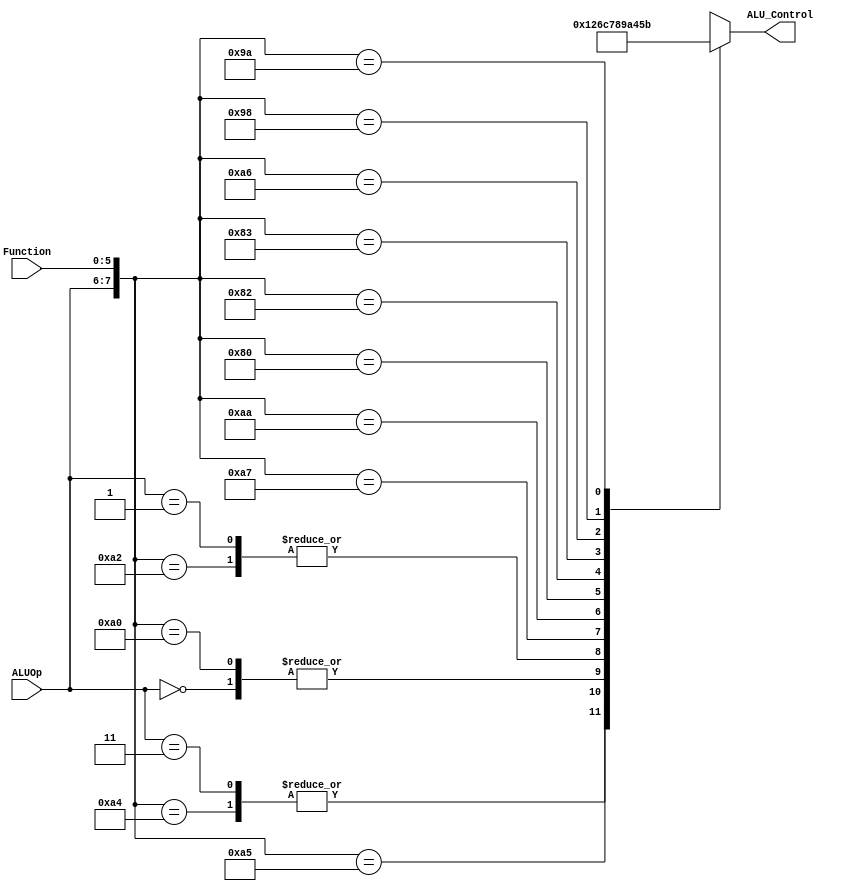
`timescale 1ns / 1ps


module ALUControl(
    input [1:0] ALUOp, 
    input [5:0] Function,
    output reg[3:0] ALU_Control);  

wire [7:0] ALUControlIn;  
 assign ALUControlIn = {ALUOp,Function};  
 always @(ALUControlIn)  
 casex (ALUControlIn)  
  8'b10100100: ALU_Control=4'b0000; //and
  8'b11xxxxxx: ALU_Control=4'b0000; //andi 
  8'b10100101: ALU_Control=4'b0001; //or  
  8'b00xxxxxx: ALU_Control=4'b0010; //addi, sw, lw
  8'b10100000: ALU_Control=4'b0010; //add
  8'b10100010: ALU_Control=4'b0110; //sub
  
  // Complete the casex from your code in Lab2
        8'b11xxxxxx: ALU_Control=4'b0000; // andi
        8'b01xxxxxx: ALU_Control=4'b0110; // beq
        8'b10100111: ALU_Control=4'b1100; // Nor
        8'b10101010: ALU_Control=4'b0111; // Slt
        8'b10000000: ALU_Control=4'b1000; // Sll
        8'b10000010: ALU_Control=4'b1001; // Srl
        8'b10000011: ALU_Control=4'b1010; // Sra
        8'b10100110: ALU_Control=4'b0100; // Xor
        8'b10011000: ALU_Control=4'b0101; // Mul
        8'b10011010: ALU_Control=4'b1011; // Div
        8'bxxxxxxxx: ALU_Control=4'bxxxx; // Jump
           

  default: ALU_Control=4'b0000;  
  endcase  
 endmodule